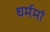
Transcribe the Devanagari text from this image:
धर्ममां